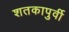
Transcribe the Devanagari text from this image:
शतकापुर्वी